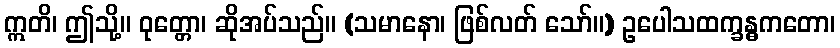
ဣတိ၊ ဤသို့။ ဝုတ္တော၊ ဆိုအပ်သည်။ (သမာနော၊ ဖြစ်လတ် သော်။) ဥပေါသထက္ခန္ဓကတော၊